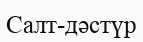
Салт-дәстүр